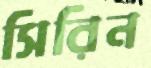
সিরিন